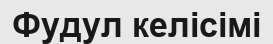
Фудул келісімі